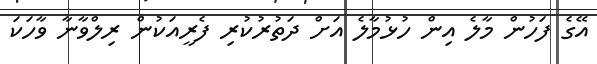
އޭގެ ފަހުން މާލެ އިން ހުޅުމާލެ އަށް ދަތުރުކުރި ފެރީއަކުން ރިލްވާނާ ވާހަކަ